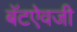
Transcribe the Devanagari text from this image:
बॅटऐवजी